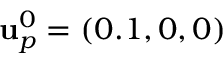
\mathbf { u } _ { p } ^ { 0 } = ( 0 . 1 , 0 , 0 )